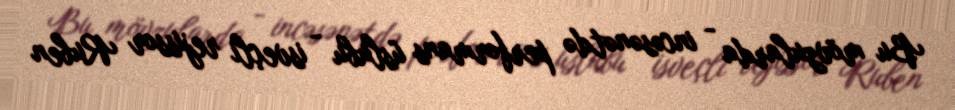
Bu mövzularda - incəsənətdə performans üslubu - isveçli rejissor Ruben